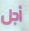
أجل